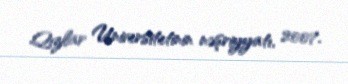
Qızlar Universitetinin nəşriyyatı, 2007.